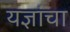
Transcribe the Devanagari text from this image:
यज्ञांचा